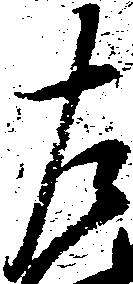
左